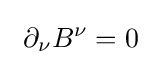
\ \partial _{\nu }B^{\nu }=0\